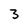
Character: 3